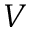
V